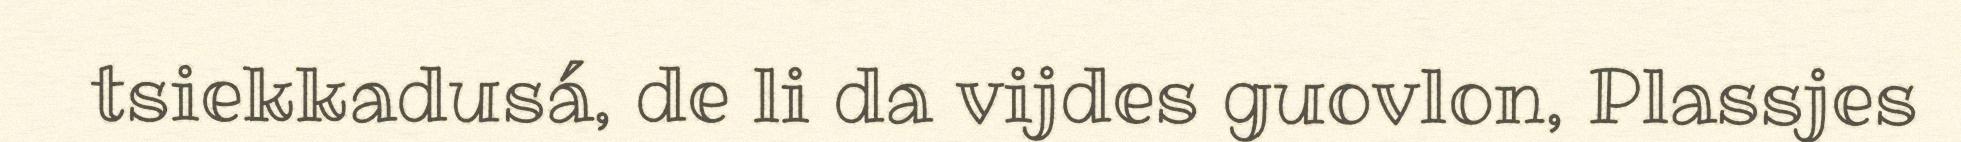
tsiekkadusá, de li da vijdes guovlon, Plassjes